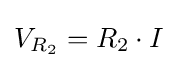
V_{R_{2}}=R_{2}\cdot I